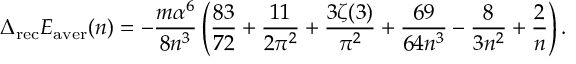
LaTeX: \Delta _ { \mathrm { r e c } } E _ { \mathrm { a v e r } } ( n ) = - \frac { m \alpha ^ { 6 } } { 8 n ^ { 3 } } \left( \frac { 8 3 } { 7 2 } + \frac { 1 1 } { 2 \pi ^ { 2 } } + \frac { 3 \zeta ( 3 ) } { \pi ^ { 2 } } + \frac { 6 9 } { 6 4 n ^ { 3 } } - \frac { 8 } { 3 n ^ { 2 } } + \frac { 2 } { n } \right) .